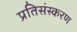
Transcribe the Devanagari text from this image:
प्रतिसंस्करण